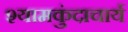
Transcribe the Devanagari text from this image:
श्यामकुंदाचार्य